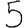
Digit: 5